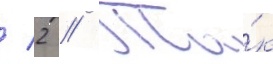
/ 2 // Та́к